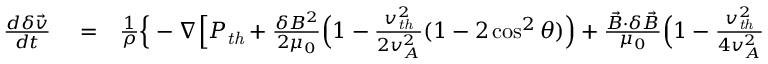
\begin{array} { r l r } { \frac { d \delta \vec { v } } { d t } } & { { } = } & { \frac { 1 } { \rho } \Big \{ - \nabla \Big [ P _ { \mathit { t h } } + \frac { \delta B ^ { 2 } } { 2 \mu _ { 0 } } \Big ( 1 - \frac { v _ { \mathit { t h } } ^ { 2 } } { 2 v _ { A } ^ { 2 } } ( 1 - 2 \cos ^ { 2 } \theta ) \Big ) + \frac { \vec { B } \cdot \delta \vec { B } } { \mu _ { 0 } } \Big ( 1 - \frac { v _ { \mathit { t h } } ^ { 2 } } { 4 v _ { A } ^ { 2 } } \Big ) + \rho T C _ { v } \Big ( \frac { \delta T } { T } \Big ) ^ { 2 } } \end{array}